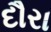
દૌરા